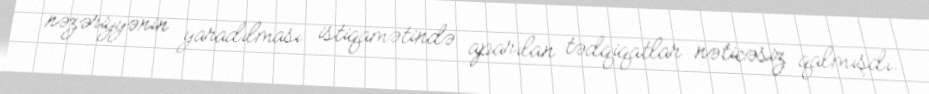
nəzəriyyənin yaradılması istiqamətində aparılan tədqiqatlar nəticəsiz qalmışdı.